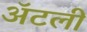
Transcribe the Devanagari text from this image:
अॅटली